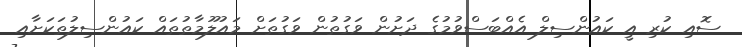
ސޮއި ކުރި އީ ކައުންސިލް އެއްބަސްވުމުގެ ދަށުން ވަގުތުން ވަގުތަށް މައުލޫމާތުތައް ކައުންސިލުތަކަށާއި